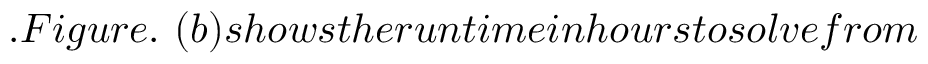
. F i g u r e . ~ ( b ) s h o w s t h e r u n t i m e i n h o u r s t o s o l v e f r o m